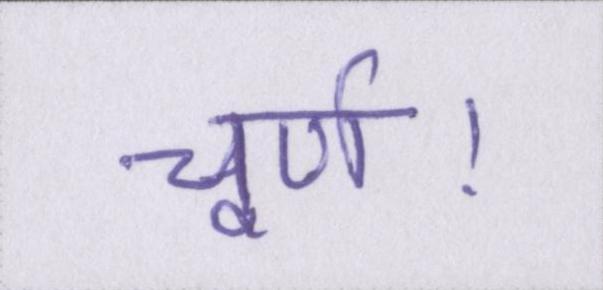
चूर्ण।